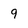
Character: 9